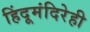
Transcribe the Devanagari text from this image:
हिंदूमंदिरेही